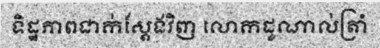
ទិដ្ឋភាពជាក់ស្តែងវិញ លោកដូណាល់ត្រាំ